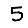
Digit: 5